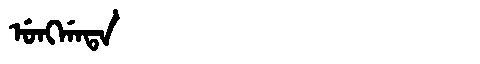
Manchu: ᡠᠩᡤᠠᡨᠠ
Romanization: UNGGATA